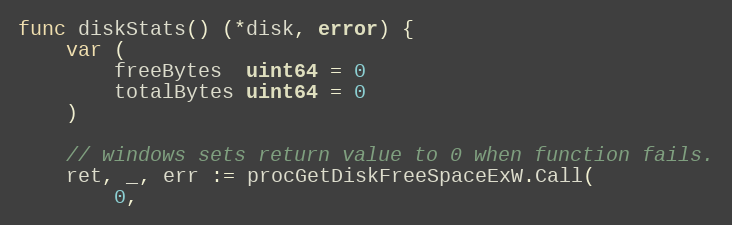
Language: Go
func diskStats() (*disk, error) {
	var (
		freeBytes  uint64 = 0
		totalBytes uint64 = 0
	)

	// windows sets return value to 0 when function fails.
	ret, _, err := procGetDiskFreeSpaceExW.Call(
		0,